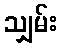
သျှမ်း